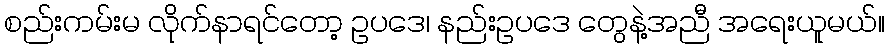
စည်းကမ်းမ လိုက်နာရင်တော့ ဥပဒေ၊ နည်းဥပဒေ တွေနဲ့အညီ အရေးယူမယ်။